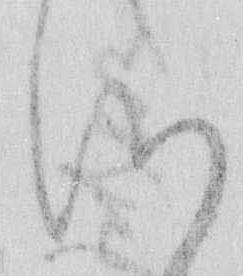
つ